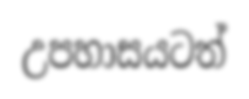
උපහාසයටත්